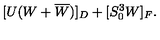
[ U ( W + \overline { W } ) ] _ { D } + [ S _ { 0 } ^ { 3 } W ] _ { F } .